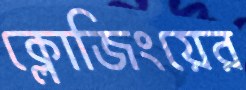
ক্লোজিংয়ের